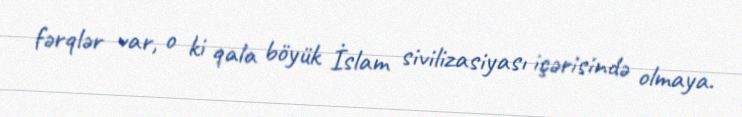
fərqlər var, o ki qala böyük İslam sivilizasiyası içərisində olmaya.